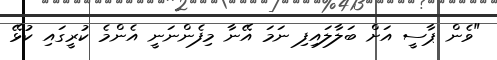
"ވެން ޕާސީ އަށް ބަލާލައިފި ނަމަ އޭނާ މިފެންނަނީ އެންމެ ކުރީގައި ކުޅޭ